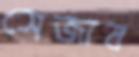
সেজাব